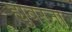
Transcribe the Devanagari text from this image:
ह्युबरना